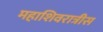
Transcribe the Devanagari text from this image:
महाशिवरात्रीस